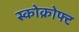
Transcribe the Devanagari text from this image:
स्कोक्रोफ्ट